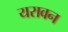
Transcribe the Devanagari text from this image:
यरावन